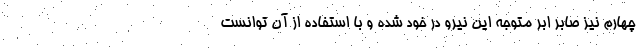
چهارم نیز صابر ابر متوجه این نیرو در خود شده و با استفاده از آن توانست